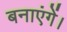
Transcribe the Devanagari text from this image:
बनाएंगें।